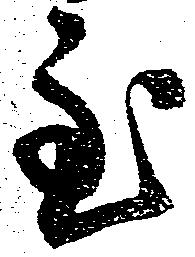
主